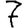
Digit: 7